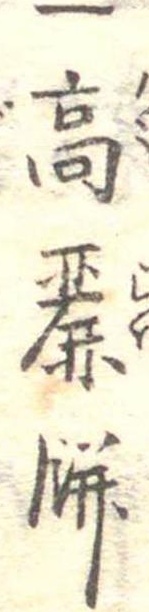
一高麗餅